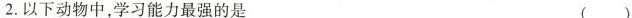
2.以下动物中，学习能力最强的是 ( )